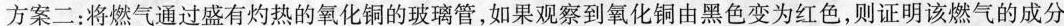
方案二：将燃气通过盛有灼热的氧化铜的玻璃管，如果观察到氧化铜由黑色变为红色，则证明该燃气的成分是